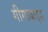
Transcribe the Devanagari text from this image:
गीगाबाइड